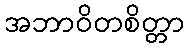
အဘာဝိတစိတ္တာ